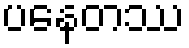
ပနေတဿ